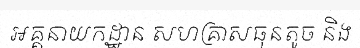
អគ្គនាយកដ្ឋាន សហគ្រាសធុនតូច និង